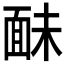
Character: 𩈐